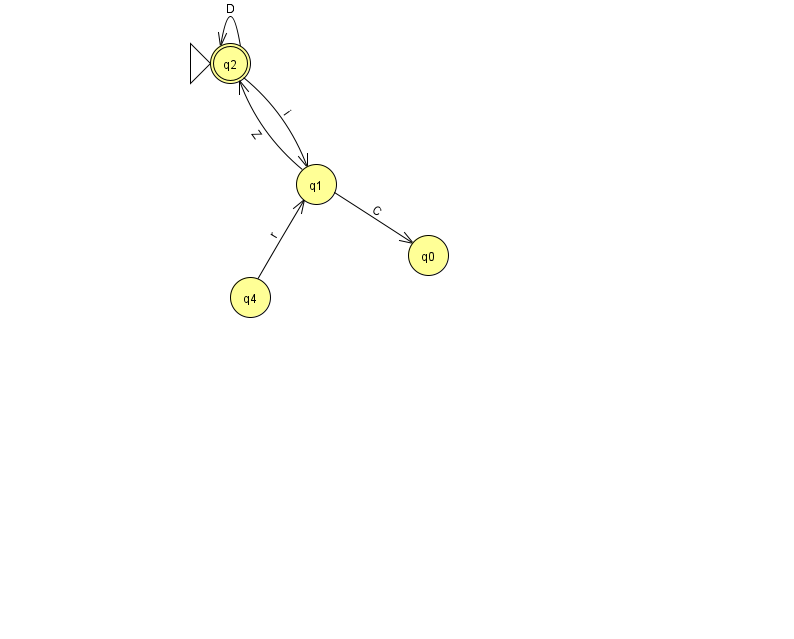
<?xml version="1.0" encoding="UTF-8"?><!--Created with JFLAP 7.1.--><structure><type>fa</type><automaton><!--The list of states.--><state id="0" name="q0"><x>428.0</x><y>242.0</y></state><state id="1" name="q1"><x>316.0</x><y>171.0</y></state><state id="2" name="q2"><x>230.0</x><y>50.0</y><initial/><final/></state><state id="4" name="q4"><x>250.0</x><y>284.0</y></state><!--The list of transitions.--><transition><from>2</from><to>1</to><read>i</read></transition><transition><from>1</from><to>2</to><read>Z</read></transition><transition><from>2</from><to>2</to><read>D</read></transition><transition><from>1</from><to>0</to><read>C</read></transition><transition><from>4</from><to>1</to><read>r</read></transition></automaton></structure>